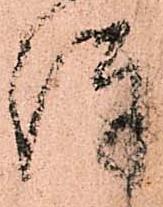
詳